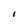
Character: I